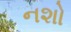
નશો